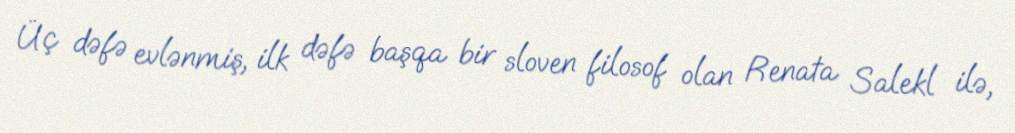
Üç dəfə evlənmiş, ilk dəfə başqa bir sloven filosof olan Renata Salekl ilə,